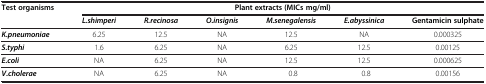
<table><thead><tr><td><b>Test organisms</b></td><td colspan="6"><b>Plant extracts (MICs mg/ml)</b></td></tr><tr><td><b> </b></td><td><b><i>L.shimperi</i></b></td><td><b><i>R.recinosa</i></b></td><td><b><i>O.insignis</i></b></td><td><b><i>M.senegalensis</i></b></td><td><b><i>E.abyssinica</i></b></td><td><b>Gentamicin sulphate</b></td></tr></thead><tbody><tr><td><b><i>K.pneumoniae</i></b></td><td>6.25</td><td>12.5</td><td>NA</td><td>12.5</td><td>NA</td><td>0.000325</td></tr><tr><td><b><i>S.typhi</i></b></td><td>1.6</td><td>6.25</td><td>NA</td><td>6.25</td><td>12.5</td><td>0.00125</td></tr><tr><td><b><i>E.coli</i></b></td><td>NA</td><td>6.25</td><td>NA</td><td>12.5</td><td>12.5</td><td>0.000625</td></tr><tr><td><b><i>V.cholerae</i></b></td><td>NA</td><td>6.25</td><td>NA</td><td>0.8</td><td>0.8</td><td>0.00156</td></tr></tbody></table>